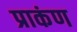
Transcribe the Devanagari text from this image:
प्राकंण